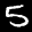
Label: 5